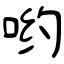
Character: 哟